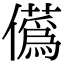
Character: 儰